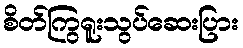
စိတ်ကြွရူးသွပ်ဆေးပြား